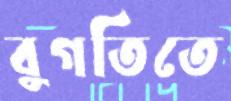
বুগতিতে